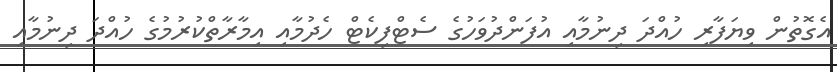
އެގޮތުން ވިޔަފާރި ހުއްދަ ދިނުމާއި އުފަންދުވަހުގެ ސެޓްފިކެޓް ހެދުމާއި އިމާރާތްކުރުމުގެ ހުއްދަ ދިނުމާއި